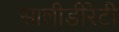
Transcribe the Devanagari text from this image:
सालीडीरेटी